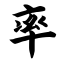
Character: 率